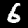
Digit: 6